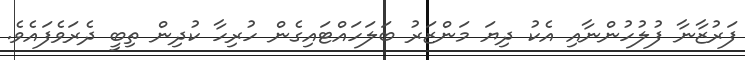
ފަރުޒާނާ ފުލުހުންނާއި އެކު ދިޔަ މަންޒަރު ބަލަހައްޓައިގެން ހުރިހާ ކުދިން ތިބީ ދެރަވެފައެވެ.